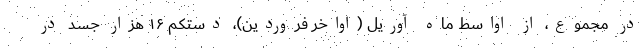
در مجموع، از اواسط ماه آوریل (اواخر فروردین)، دستکم ۱۶ هزار جسد در